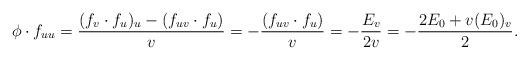
LaTeX: \begin{align*} \phi\cdot f_{uu} =\frac{(f_v\cdot f_{u})_u-(f_{uv}\cdot f_u)}v =-\frac{(f_{uv}\cdot f_u)}v =-\frac{E_v}{2v}=-\frac{2E_0+v (E_0)_v}{2}. \end{align*}